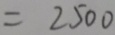
= 2 5 0 0